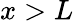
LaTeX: x>L